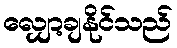
လျှော့ချနိုင်သည်